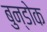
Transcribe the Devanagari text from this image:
बुन्डोक